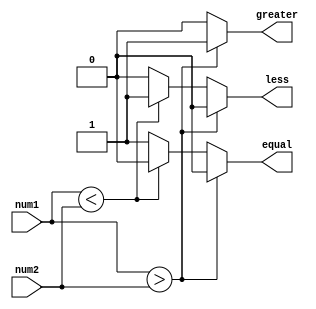
module signed_comparator (
    input signed [31:0] num1,
    input signed [31:0] num2,
    output reg greater,
    output reg less,
    output reg equal
);

always @(*) begin
    if (num1 > num2) begin
        greater = 1;
        less = 0;
        equal = 0;
    end
    else if (num1 < num2) begin
        greater = 0;
        less = 1;
        equal = 0;
    end
    else begin
        greater = 0;
        less = 0;
        equal = 1;
    end
end

endmodule